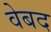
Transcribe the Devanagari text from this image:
वेबद